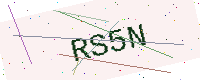
Text: RS5N